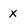
Character: x